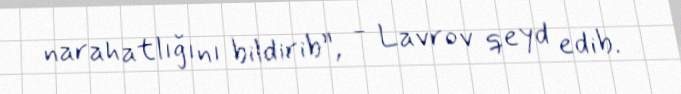
narahatlığını bildirib”, - Lavrov qeyd edib.